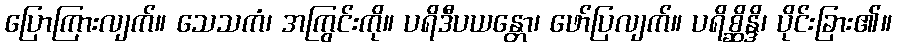
ပြောကြားလျက်။ သေသကံ၊ အကြွင်းကို။ ပရိဒီပယန္တော၊ ဖော်ပြလျက်။ ပရိစ္ဆိန္ဒိ၊ ပိုင်းခြား၏။